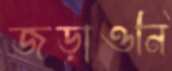
জড়াওনি